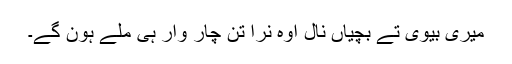
میری بیوی تے بچیاں نال اوہ نرا تِن چار وار ہی ملے ہون گے۔